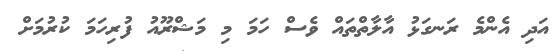
އަދި އެންމެ ރަނގަޅު އާލާތްތައް ވެސް ހަމަ މި މަޝްރޫއު ފުރިހަމަ ކުރުމަށް